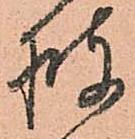
披